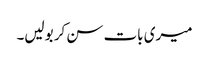
میری بات سن کر بولیں۔